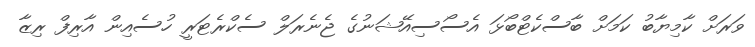
ވަރަށް ކާމިޔާބު ކަމަށް ބާސްކެޓްބޯޅަ އެސޯސިއޭޝަނުގެ ޖެނެރަލް ސެކްރެޓަރީ ހުސެއިން އާރިފް ރިޒާ